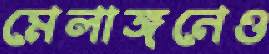
মেলাঙ্গনেও